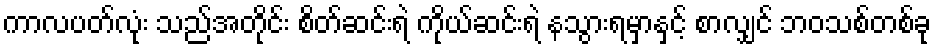
ကာလပတ်လုံး သည်အတိုင်း စိတ်ဆင်းရဲ ကိုယ်ဆင်းရဲ နသွားရမှာနှင့် စာလျှင် ဘဝသစ်တစ်ခု